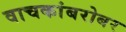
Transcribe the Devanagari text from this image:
वाचकांबरोबर